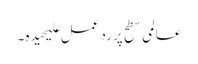
عالمی سطح پر رد عمل علیحیدہ ۔